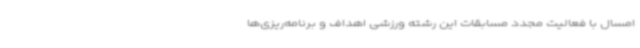
امسال با فعالیت مجدد مسابقات این رشته ورزشی اهداف و برنامه‌ریزی‌ها